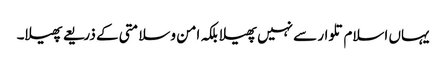
یہاں اسلام تلوار سے نہیں پھیلا بلکہ امن وسلامتی کے ذریعے پھیلا۔